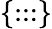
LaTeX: \{ :::\}